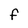
Character: F